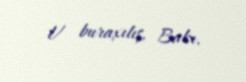
V buraxılış, Bakı.